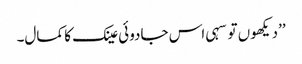
’’دیکھوں تو سہی اس جادوئی عینک کا کمال۔